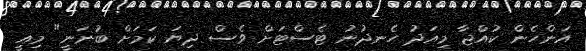
އަންހެން ކުއްޖާ މިއަދު ހެނދުނު ޓެސްޓަށް ވެސް ދިޔަ ކަމަށް ބުނަނީ" މިއީ